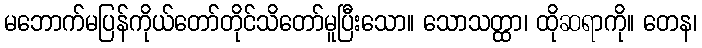
မဘောက်မပြန်ကိုယ်တော်တိုင်သိတော်မူပြီးသော။ သောသတ္ထာ၊ ထိုဆရာကို။ တေန၊